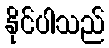
နိုင်ပါသည်